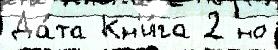
Да́та Кн'и́га 2 но